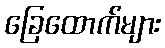
ခြေထောက်များ